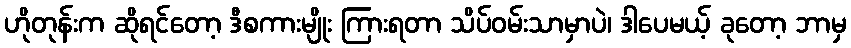
ဟိုတုန်းက ဆိုရင်တော့ ဒီစကားမျိုး ကြားရတာ သိပ်ဝမ်းသာမှာပဲ၊ ဒါပေမယ့် ခုတော့ ဘာမှ